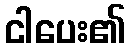
ငါပေး၏